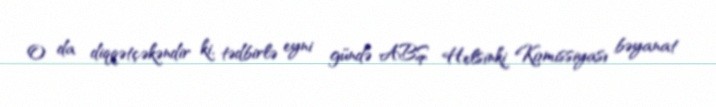
O da diqqətçəkəndir ki, tədbirlə eyni gündə ABŞ Helsinki Komissiyası bəyanat